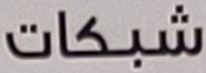
شبكات